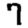
Digit: 7